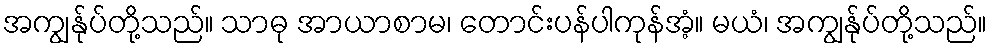
အကျွန်ုပ်တို့သည်။ သာဓု အာယာစာမ၊ တောင်းပန်ပါကုန်အံ့။ မယံ၊ အကျွန်ုပ်တို့သည်။